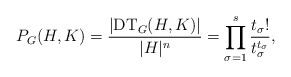
\begin{align*}P_G(H, K) = \frac{\vert \mathrm{DT}_G(H, K)\vert}{\vert H\vert^n} = \prod_{\sigma = 1}^s \frac{t_\sigma!}{t_\sigma^{t_\sigma}},\end{align*}